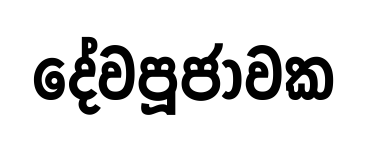
දේවපූජාවක